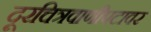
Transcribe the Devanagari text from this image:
दूरचित्रवाणीपटावर